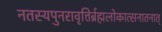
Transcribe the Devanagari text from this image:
नतस्यपुनरावृत्तिर्ब्रह्मलोकात्सनातनात्